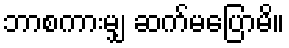
ဘာစကားမျှ ဆက်မပြောမိ။